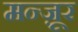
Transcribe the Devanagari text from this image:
मन्ज़ूर